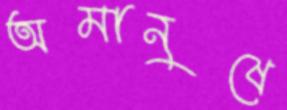
অমানুষে